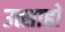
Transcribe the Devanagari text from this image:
उत्साहों